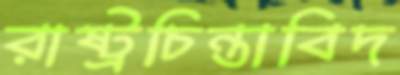
রাষ্ট্রচিন্তাবিদ